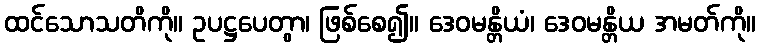
ထင်သောသတိကို။ ဥပဋ္ဌပေတွာ၊ ဖြစ်စေ၍။ ဒေဝမန္တိယံ၊ ဒေဝမန္တိယ အမတ်ကို။